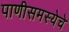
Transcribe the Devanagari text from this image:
पाणीसमस्येचे